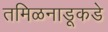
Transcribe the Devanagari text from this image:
तमिळनाडूकडे